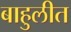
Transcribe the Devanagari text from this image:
बाहुलीत